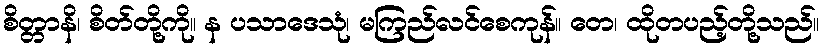
စိတ္တာနိ၊ စိတ်တို့ကို။ န ပသာဒေသုံ၊ မကြည်လင်စေကုန်။ တေ၊ ထိုတပည့်တို့သည်။